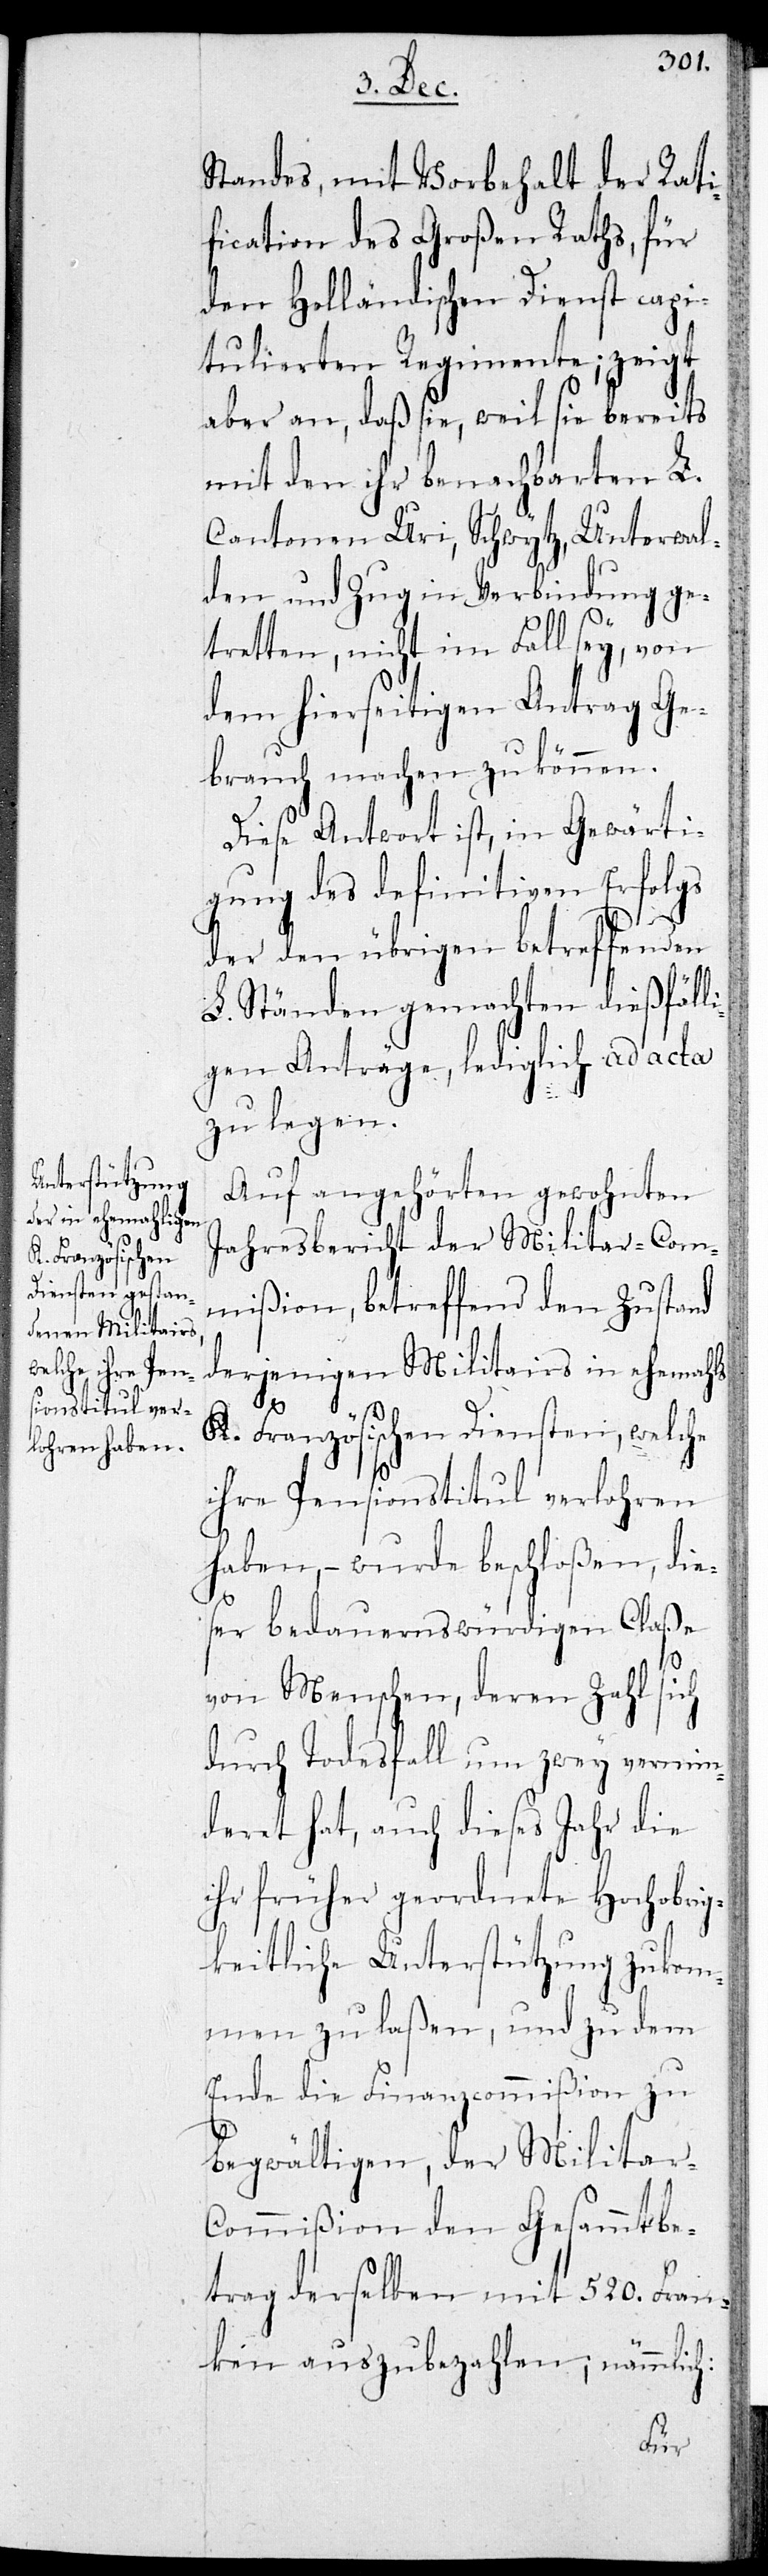
Standes, mit Vorbehalt der Rati¬
fication des Großen Raths, für
den Holländischen Dienst capi¬
tulierten Regimente; zeigt
aber an, daß sie, weil sie bereits
mit den ihr benachbarten L.
Cantonen Uri, Schwytz, Unterwal¬
den und Zug in Verbindung ge¬
tretten, nicht im Fall sey, von
dem hierseitigen Antrag Ge¬
brauch machen zu können.
Diese Antwort ist, in Gewärti¬
gung des definitiven Erfolgs
der den übrigen betreffenden
L. Ständen gemachten dießfäll¬
igen Anträge, lediglich ad acta
zu legen.
Auf angehörten gewohnten
Jahresbericht der Militar-Com¬
mißion, betreffend den Zustand
derjenigen Militairs in ehemahls
K. Französischen Diensten, welche
ihre Pensionstitul verlohren
haben, – wurde beschloßen, die¬
ser bedauernswürdigen Claße
von Menschen, deren Zahl sich
durch Todesfall um zwey vermin¬
deret hat, auch dieses Jahr die
ihr früher geordnete Hochobrig¬
keitliche Unterstützung zukom¬
men zu laßen, und zu dem
Ende die Finanzcommißion zu
begwältigen, der Militar-C¬
ommißion den Gesamtbe¬
trag derselben mit 520. Fran¬
ken auszubezahlen, nämlich: